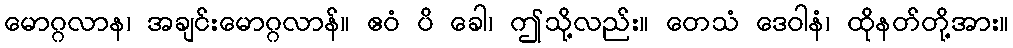
မောဂ္ဂလာန၊ အချင်းမောဂ္ဂလာန်။ ဧဝံ ပိ ခေါ၊ ဤသို့လည်း။ တေသံ ဒေဝါနံ၊ ထိုနတ်တို့အား။